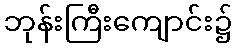
ဘုန်းကြီးကျောင်း၌